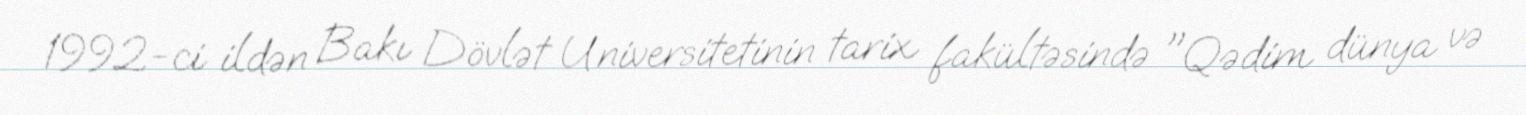
1992-ci ildən Bakı Dövlət Universitetinin tarix fakültəsində "Qədim dünya və